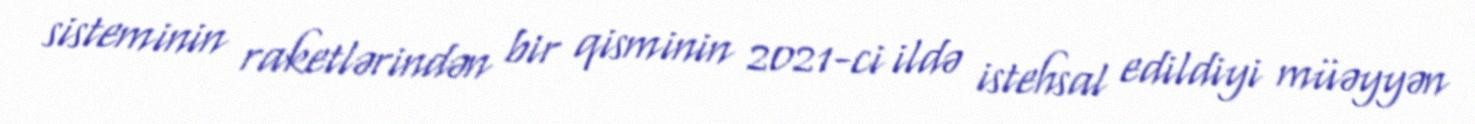
sisteminin raketlərindən bir qisminin 2021-ci ildə istehsal edildiyi müəyyən